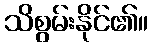
သိစွမ်းနိုင်၏။